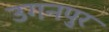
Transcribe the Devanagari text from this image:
उगनपुर